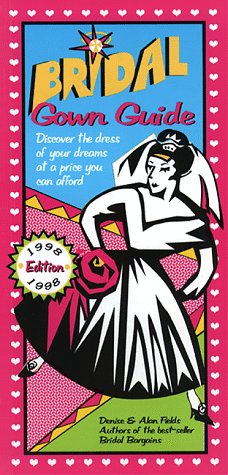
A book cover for Bridal Gown Guide: Discover the Dress of Your Dreams at a Price You Can Afford; Alan Fields; Crafts, Hobbies & Home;